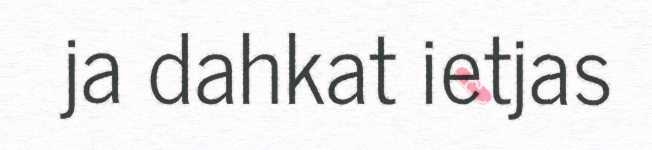
ja dahkat ietjas